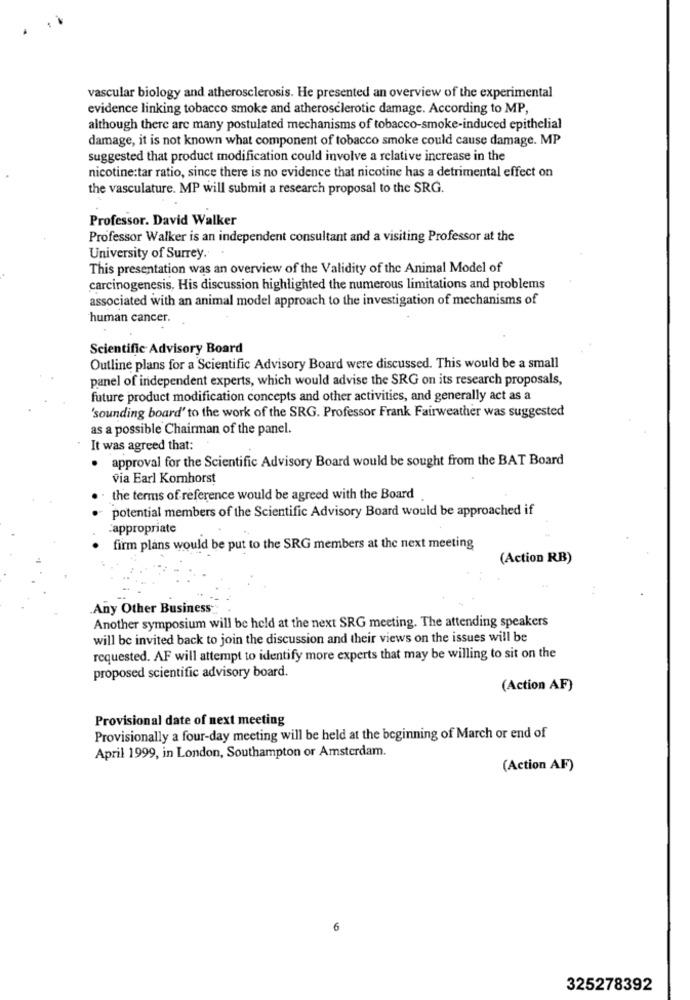
vascular biology and atherosclerosis. He presented an overview of the experimental
evidence linking tobacco smoke and atherosclerotic damage. According to MP,
although there are many postulated mechanisms of tobacco-smoke-induced epithelial
damage, it is not known what component of tobacco smoke could cause damage. MP
suggested that product modification could involve a relative increase in the
nicotine:tar ratio, since there is no evidence that nicotine has a detrimental effect on
the vasculature. MP will submit a research proposal to the SRG.
Professor. David Walker
Professor Walker is an independent consultant and a visiting Professor at the
University of Surrey.
This presentation was an overview of the Validity of the Animal Model of
carcinogenesis, His discussion highlighted the numerous limitations and problems
associated with an animal model approach to the investigation of mechanisms of
human cancer.
Scientific Advisory Board
Outline plans for a Scientific Advisory Board were discussed. This would be a small
panel of independent experts, which would advise the SRG on its research proposals,
future product modification concepts and other activities, and generally act as a
'sounding board' to the work of the SRG. Professor Frank Fairweather was suggested
as a possible Chairman of the panel.
It was agreed that:
. approval for the Scientific Advisory Board would be sought from the BAT Board
via Earl Komhorst
the terms of reference would be agreed with the Board
potential members of the Scientific Advisory Board would be approached if
appropriate
firm plans would be put to the SRG members at the next meeting
(Action RB)
Any Other Business
Another symposium will be held at the next SRG meeting. The attending speakers
will be invited back to join the discussion and their views on the issues will be
requested. AF will attempt to identify more experts that may be willing to sit on the
proposed scientific advisory board.
(Action AF)
Provisional date of next meeting
Provisionally a four-day meeting will be held at the beginning of March or end of
April 1999, in London, Southampton or Amsterdam.
(Action AF)
6
325278392